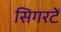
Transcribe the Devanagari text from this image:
सिगरटें